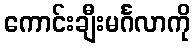
ကောင်းချီးမင်္ဂလာကို